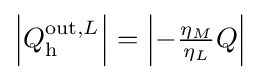
{\textstyle \left|Q_{\text{h}}^{{\text{out}},L}\right|=\left|-{\frac {\eta _{M}}{\eta _{L}}}Q\right|}